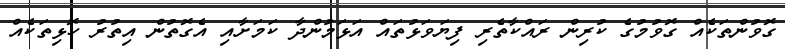
ގޮވުންތަކެއް ގޮވުމުގެ ކުރިން ރައްކާތެރި ފިޔަވަޅުތައް އަޅަމުންދާ ކަމަށާއި އެގޮތުން އިތުރު ހޮޅިތަކެއް